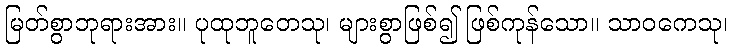
မြတ်စွာဘုရားအား။ ပုထုဘူတေသု၊ များစွာဖြစ်၍ ဖြစ်ကုန်သော။ သာဝကေသု၊